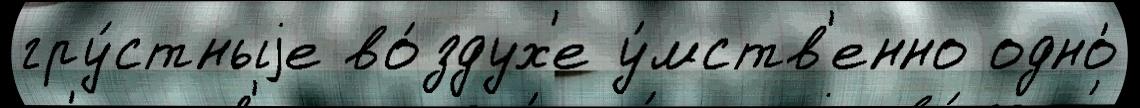
гру́стныjе во́здух'е у́мств'енно одно́